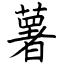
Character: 薯